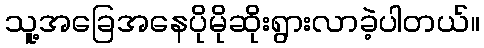
သူ့အခြေအနေပိုမိုဆိုးရွားလာခဲ့ပါတယ်။